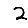
Digit: 2